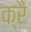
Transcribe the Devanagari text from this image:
क्रै